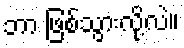
ဘာ ဖြစ်သွားလို့လဲ။